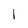
Character: I